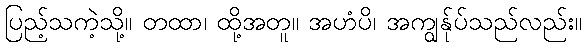
ပြည့်သကဲ့သို့။ တထာ၊ ထို့အတူ။ အဟံပိ၊ အကျွန်ုပ်သည်လည်း။